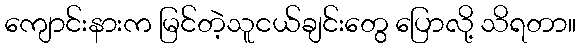
ကျောင်းနားက မြင်တဲ့သူငယ်ချင်းတွေ ပြောလို့ သိရတာ။